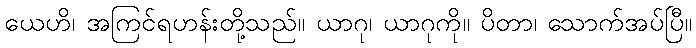
ယေဟိ၊ အကြင်ရဟန်းတို့သည်။ ယာဂု၊ ယာဂုကို။ ပိတာ၊ သောက်အပ်ပြီ။